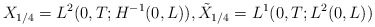
\begin{align*}X_{1/4}=L^{2}(0,T; H^{-1}(0,L) ) , \tilde{X}_{1/4}=L^{1}( 0,T;L^2( 0,L) )\end{align*}